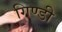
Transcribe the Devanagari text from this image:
गिण्डी